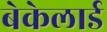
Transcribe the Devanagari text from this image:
बेकेलार्ड